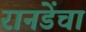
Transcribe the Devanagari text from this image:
रानडेंचा